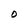
Character: O